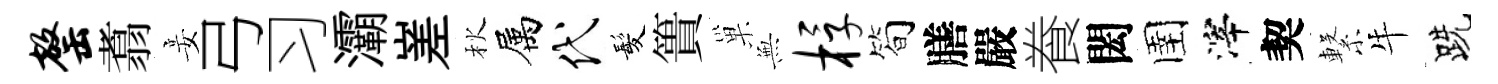
罄翥妾弓习灞嵳秋属代髪簣巢𭴾桴筍膳嚴飬閎圉滓契繋牛跣